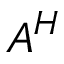
A ^ { H }